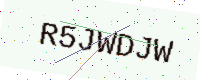
Text: R5JWDJW